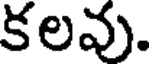
కలవు.